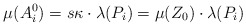
\begin{align*} \mu(A_i^0) = s \kappa \cdot \lambda(P_i) = \mu(Z_0) \cdot \lambda(P_i)\end{align*}